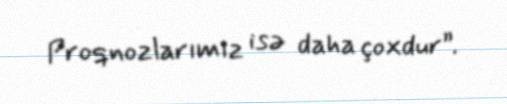
Proqnozlarımız isə daha çoxdur”.